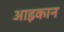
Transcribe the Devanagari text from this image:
आइकान